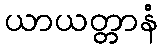
ယာယတ္တာနံ